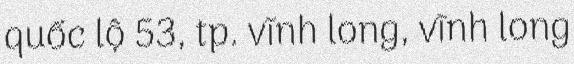
quốc lộ 53, tp. vĩnh long, vĩnh long